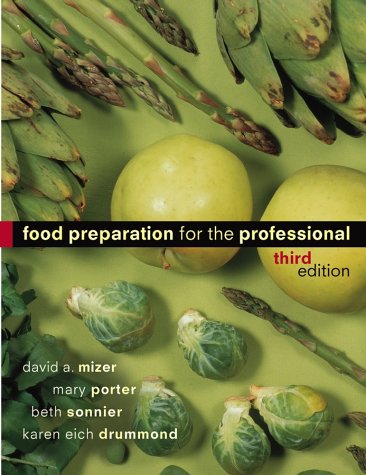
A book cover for Food Preparation for the Professional; David A. Mizer; Cookbooks, Food & Wine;